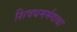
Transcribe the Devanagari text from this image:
शिवधमर्मगाथा